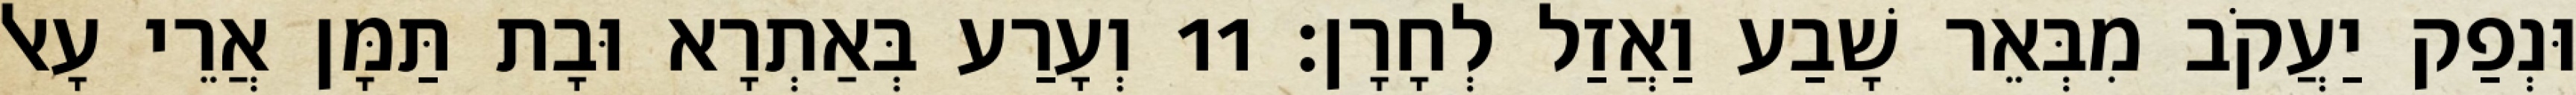
וּנְפַק יַעֲקֹב מִבְּאֵר שָׁבַע וַאֲזַל לְחָרָן׃ 11 וְעָרַע בְּאַתְרָא וּבָת תַּמָּן אֲרֵי עָאל